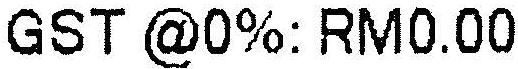
GST @0%: RM0.00